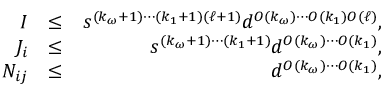
\begin{array} { r l r } { I } & { \leq } & { s ^ { ( k _ { \omega } + 1 ) \cdots ( k _ { 1 } + 1 ) ( \ell + 1 ) } d ^ { O ( k _ { \omega } ) \cdots O ( k _ { 1 } ) O ( \ell ) } , } \\ { J _ { i } } & { \leq } & { s ^ { ( k _ { \omega } + 1 ) \cdots ( k _ { 1 } + 1 ) } d ^ { O ( k _ { \omega } ) \cdots O ( k _ { 1 } ) } , } \\ { N _ { i j } } & { \leq } & { d ^ { O ( k _ { \omega } ) \cdots O ( k _ { 1 } ) } , } \end{array}